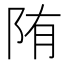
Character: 陏